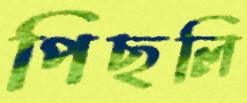
পিছলি